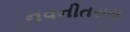
નવનીતરાય